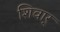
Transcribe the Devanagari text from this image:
शिवार्